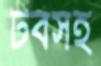
টবসহ